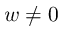
w \ne 0